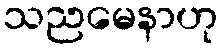
သညမေနာဟု